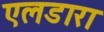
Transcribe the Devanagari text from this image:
एलडारा